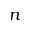
n